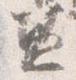
兼